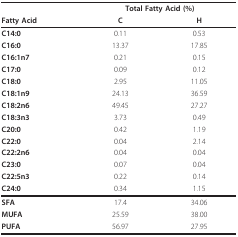
|  | <COLSPAN=2> Total Fatty Acid (%) |
 | Fatty Acid | C | H |
 | --- | --- | --- |
 | C14:0 | 0.11 | 0.53 |
 | C16:0 | 13.37 | 17.85 |
 | C16:1n7 | 0.21 | 0.15 |
 | C17:0 | 0.09 | 0.12 |
 | C18:0 | 2.95 | 11.05 |
 | C18:1n9 | 24.13 | 36.59 |
 | C18:2n6 | 49.45 | 27.27 |
 | C18:3n3 | 3.73 | 0.49 |
 | C20:0 | 0.42 | 1.19 |
 | C22:0 | 0.04 | 2.14 |
 | C22:2n6 | 0.04 | 0.04 |
 | C23:0 | 0.07 | 0.04 |
 | C22:5n3 | 0.22 | 0.14 |
 | C24:0 | 0.34 | 1.15 |
 | SFA | 17.4 | 34.06 |
 | MUFA | 25.59 | 38.00 |
 | PUFA | 56.97 | 27.95 |